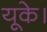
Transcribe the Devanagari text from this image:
यूके।